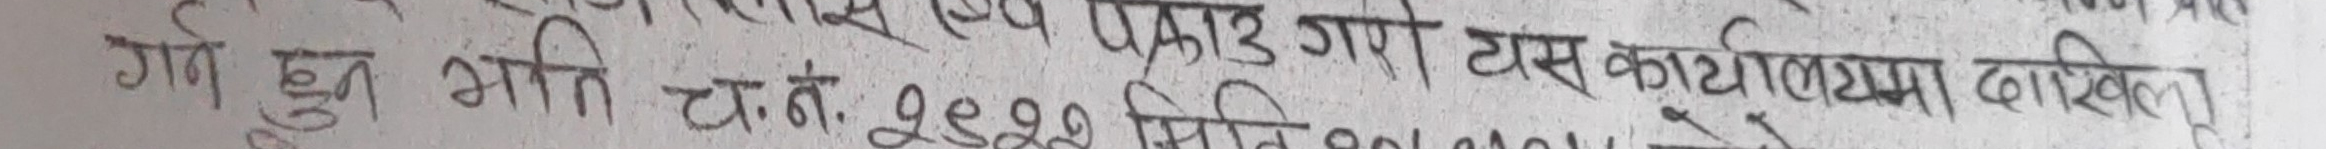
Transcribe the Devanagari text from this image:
गर्ने हुन भा.च.नं.२०२२ मिति २०७४/०४/०१ गते सम्मलाई करचुक्ता प्रमाण पत्र दिने